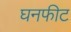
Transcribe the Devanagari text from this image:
घनफीट